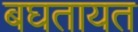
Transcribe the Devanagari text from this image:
बघतायत